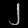
Digit: ၂